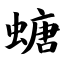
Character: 螗